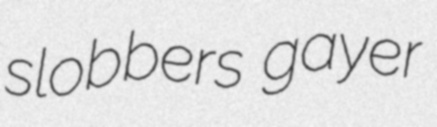
slobbers gayer